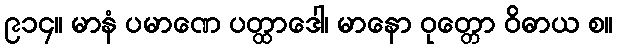
၉၁၄။ မာနံ ပမာဏေ ပတ္ထာဒေါ၊ မာနော ဝုတ္တော ဝိဓာယ စ။